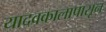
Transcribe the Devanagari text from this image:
यादवकालापासून